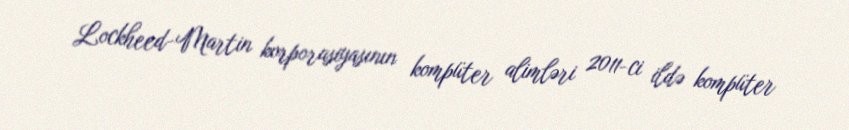
Lockheed-Martin korporasiyasının kompüter alimləri 2011-ci ildə kompüter